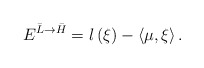
\begin{align*}E^{\bar{L}\rightarrow \bar{H}}=l\left( \xi \right) -\left\langle \mu,\xi \right\rangle . \end{align*}